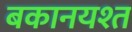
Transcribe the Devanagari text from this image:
बकानयश्त